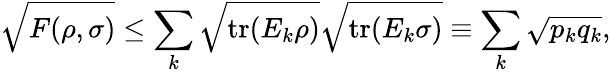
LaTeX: {\sqrt{F(\rho,\sigma)}}\leq\sum_{k}{\sqrt{\operatorname{tr}(E_{k}\rho)}}{\sqrt{\operatorname{tr}(E_{k}\sigma)}}\equiv\sum_{k}{\sqrt{p_{k}q_{k}}},